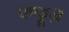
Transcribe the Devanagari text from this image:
एण्ड्रूज़